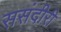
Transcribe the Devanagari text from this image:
ससंदीरी